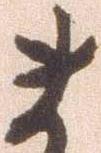
ま